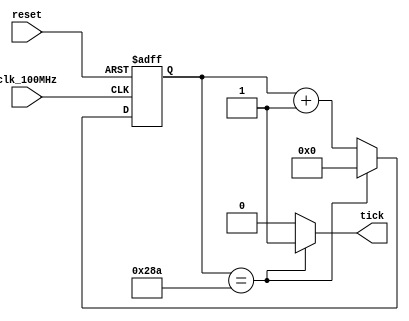
`timescale 1ns / 1ps
//////////////////////////////////////////////////////////////////////////////////
// Reference Book: FPGA Prototyping By Verilog Examples Xilinx Spartan-3 Version
// Authored by: Dr. Pong P. Chu
// Published by: Wiley
//
// Adapted for the Basys 3 Artix-7 FPGA by David J. Marion
//
// Baud Rate Generator for the UART System
//
// Comments:
// - Many of the variable names have been changed for clarity
//////////////////////////////////////////////////////////////////////////////////

module baud_rate_generator
    #(              // 9600 baud
        parameter   N = 10,     // number of counter bits
                    M = 651     // counter limit value
    )
    (
        input clk_100MHz,       // basys 3 clock
        input reset,            // reset
        output tick             // sample tick
    );
    
    // Counter Register
    reg [N-1:0] counter;        // counter value
    wire [N-1:0] next;          // next counter value
    
    // Register Logic
    always @(posedge clk_100MHz, posedge reset)
        if(reset)
            counter <= 0;
        else
            counter <= next;
            
    // Next Counter Value Logic
    assign next = (counter == (M-1)) ? 0 : counter + 1;
    
    // Output Logic
    assign tick = (counter == (M-1)) ? 1'b1 : 1'b0;
       
endmodule